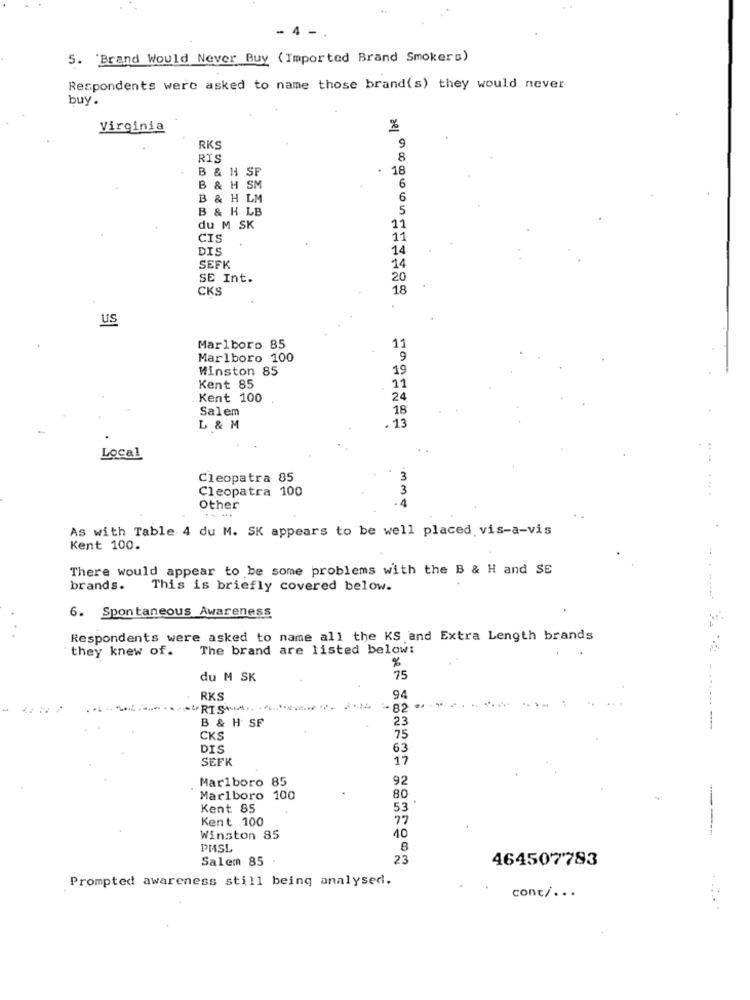
- 4 -
5. 'Brand Would Never Buy (Imported Brand Smokers)
Respondents were asked to name those brand(s) they would never
buy.
Virginia
9
RKS
RIS
8
B & H SP
18
B & H SM
6
B & H LM
6
B & H LB
5
du M SK
11
CI
11
DIS
14
SEFK
14
SE Int.
20
CKS
18
us
Marlboro 85
11
Marlboro 100
9
Winston 85
19
Kent 85
11
Kent 100
24
Salem
18
13
L & M
Local
.-
Cleopatra 85
Cleopatra 100
...
Other
mme
As with Table 4 du M. SK appears to be well placed vis-a-vis
Kent 100.
There would appear to be some problems with the B & H and SE
brands.
This is briefly covered below.
6. Spontaneous Awareness
Respondents were asked to name all the KS and Extra Length brands
they knew of.
The brand are listed below:
%
du M SK
75
...
RKS
94
-82 **
B & H SF
23
--
CKS
75
DIS
63
SEFK
17
Marlboro 85
92
Marlboro 100
80
Kent 85
53
Kent 100
77
40
----
Winston 85
PMSL
8
Salem 85
23
464507783
Prompted awareness still being analysed.
conc/ ...